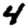
Digit: 4